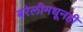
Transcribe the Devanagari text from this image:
बरेलीमधूनही